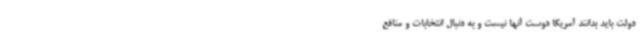
دولت باید بدانند آمریکا دوست آنها نیست و به دنبال انتخابات و منافع